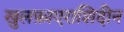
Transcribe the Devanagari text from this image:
खुलफ़ाएराशिदीन